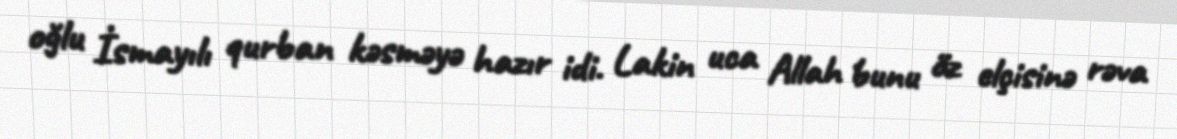
oğlu İsmayılı qurban kəsməyə hazır idi. Lakin uca Allah bunu öz elçisinə rəva